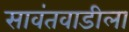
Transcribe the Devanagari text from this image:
सावंतवाडीला